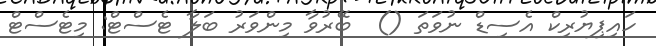
ހައިޕިޔުރިކް އެސިޑް ނުވަތަ ()  ބޭރުވާ މިންވަރު ބަލާ ޓެސްޓް: މިޓެސްޓް